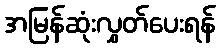
အမြန်ဆုံးလွှတ်ပေးရန်